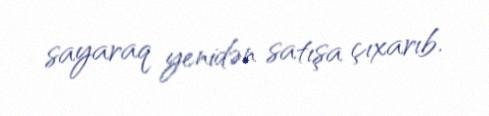
sayaraq yenidən satışa çıxarıb.